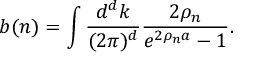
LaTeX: b ( n ) = \int { \frac { d ^ { d } k } { ( 2 \pi ) ^ { d } } } { \frac { 2 \rho _ { n } } { e ^ { 2 \rho _ { n } a } - 1 } } .